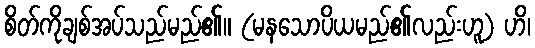
စိတ်ကိုချစ်အပ်သည်မည်၏။ (မနသောပိယမည်၏လည်းဟူ) ဟိ၊